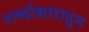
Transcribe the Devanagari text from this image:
शब्दोच्चारातून